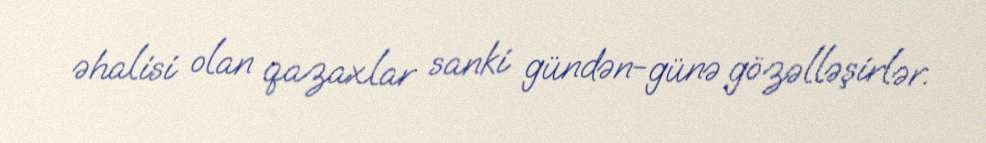
əhalisi olan qazaxlar sanki gündən-günə gözəlləşirlər.